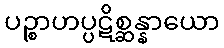
ပဉ္စာဟပ္ပဋိစ္ဆန္နာယော